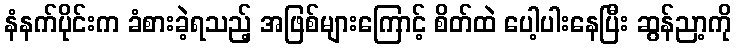
နံနက်ပိုင်းက ခံစားခဲ့ရသည့် အဖြစ်များကြောင့် စိတ်ထဲ ပေါ့ပါးနေပြီး ဆွန်ညာ့ကို